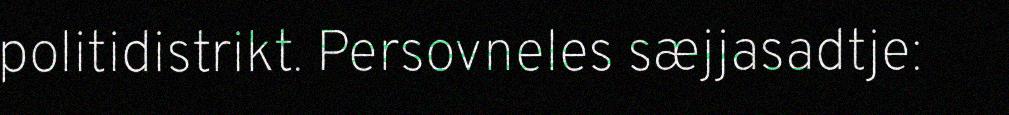
politidistrikt. Persovneles sæjjasadtje: